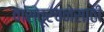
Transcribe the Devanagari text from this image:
वास्तूरचनेसाठी